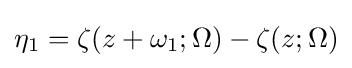
\eta _{1}=\zeta (z+\omega _{1};\Omega )-\zeta (z;\Omega )